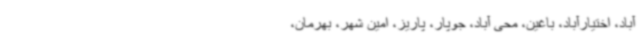
آباد، اختیارآباد، باغین، محی آباد، جوپار، پاریز، امین شهر، بهرمان،